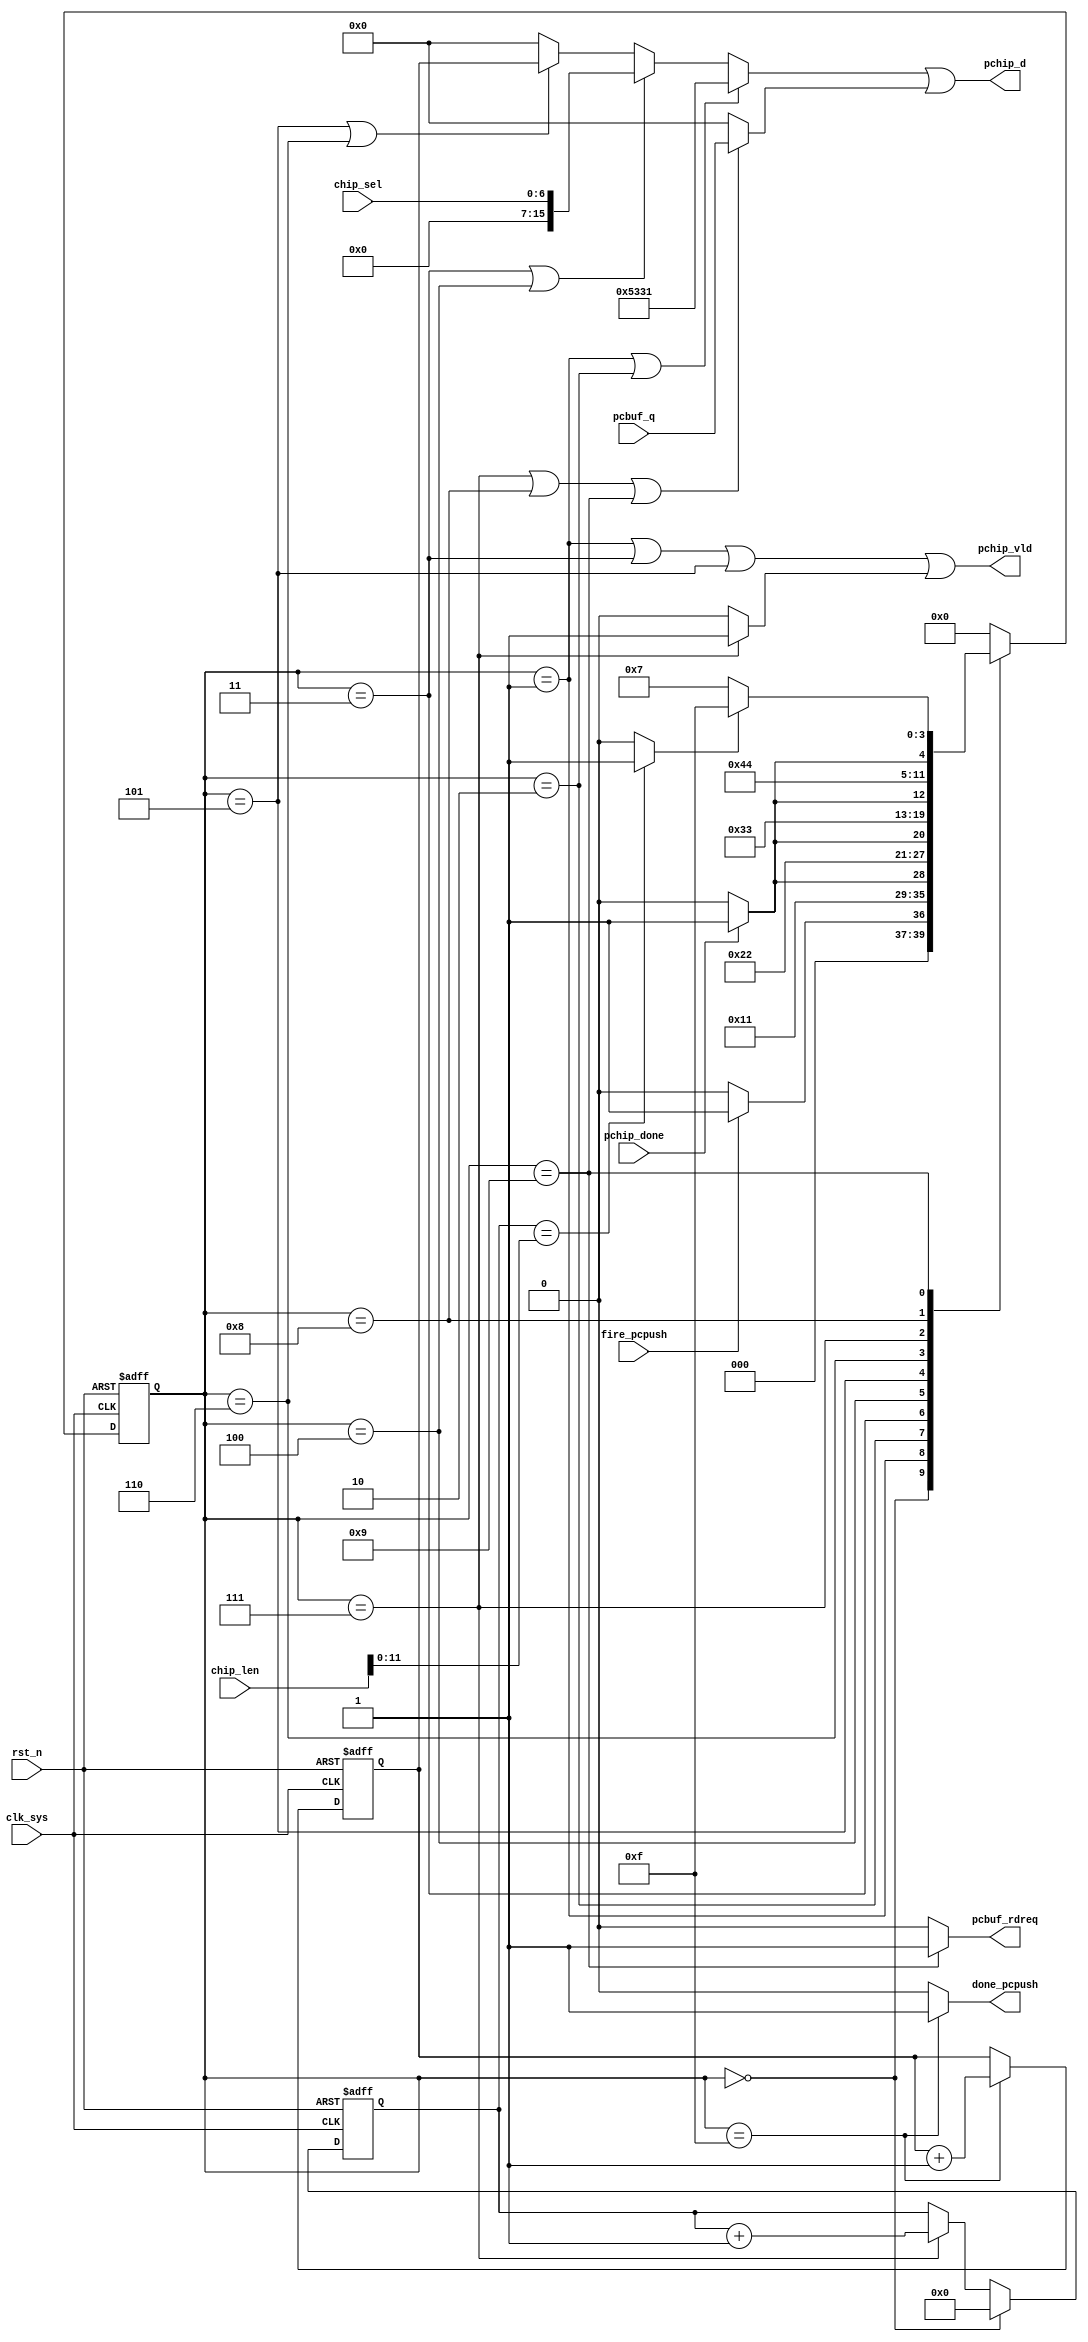
//pchip_push.v

module pchip_push(
//control 
fire_pcpush,
done_pcpush,
chip_len,
//pkg data
pchip_d,
pchip_vld,
pchip_done,
//pcbuf port
chip_sel,
pcbuf_rdreq,
pcbuf_q,
//clk rst
clk_sys,
rst_n
);
//control 
input 	fire_pcpush;
output 	done_pcpush;
input [19:0] chip_len;
//pkg data
output [15:0]	pchip_d;
output				pchip_vld;
input					pchip_done;
//pcbuf port
input [6:0]		chip_sel;
output 				pcbuf_rdreq;
input [15:0]	pcbuf_q;
//clk rst
input clk_sys;
input rst_n;
//-----------------------------------
//-----------------------------------


//-------- main FSM ---------
parameter S_IDLE = 4'h0;
parameter S_FH1 = 4'h1;
parameter S_WH1 = 4'h2;
parameter S_FH2 = 4'h3;
parameter S_WH2 = 4'h4;
parameter S_FH3 = 4'h5;
parameter S_WH3 = 4'h6;
parameter S_FDA = 4'h7;
parameter S_WDA = 4'h8;
parameter S_CHK = 4'h9;
parameter S_DONE = 4'hf;
reg [3:0] st_pchip_push;
wire finish_push;
always @ (posedge clk_sys or negedge rst_n)	begin
	if(~rst_n)
		st_pchip_push <= S_IDLE;
	else begin
		case(st_pchip_push)
			S_IDLE : st_pchip_push <= fire_pcpush ? S_FH1 : S_IDLE;
			S_FH1  : st_pchip_push <= S_WH1;
			S_WH1  : st_pchip_push <= pchip_done ? S_FH2 : S_WH1;
			S_FH2  : st_pchip_push <= S_WH2;
			S_WH2  : st_pchip_push <= pchip_done ? S_FH3 : S_WH2;
			S_FH3  : st_pchip_push <= S_WH3;
			S_WH3  : st_pchip_push <= pchip_done ? S_FDA : S_WH3;
			S_FDA  : st_pchip_push <= S_WDA;
			S_WDA  : st_pchip_push <= pchip_done ? S_CHK : S_WDA;
			S_CHK  : st_pchip_push <= finish_push ? S_DONE : S_FDA;
			S_DONE : st_pchip_push <= S_IDLE;
			default: st_pchip_push <= S_IDLE;
		endcase
	end
end
wire done_pcpush = (st_pchip_push == S_DONE) ? 1'b1 : 1'b0;


//------- FSM swith condtion --------
reg [11:0] cnt_push;
always @(posedge clk_sys or negedge rst_n)	begin
	if(~rst_n)
		cnt_push <= 12'h0;
	else if(st_pchip_push == S_IDLE)
		cnt_push <= 12'h0;
	else if(st_pchip_push == S_FDA)
		cnt_push <= cnt_push + 12'h1;
	else ;
end
assign finish_push = (cnt_push == chip_len[11:0]) ? 1'b1 : 1'b0;
reg [15:0] pkg_index;
always @ (posedge clk_sys or negedge rst_n)	begin
	if(~rst_n)
		pkg_index <= 16'h0;
	else if(st_pchip_push == S_DONE)
		pkg_index <= pkg_index + 16'h1;
	else ;
end

//-------- push head ----------
wire now_h1 = (st_pchip_push == S_FH1) | (st_pchip_push == S_WH1);
wire now_h2 = (st_pchip_push == S_FH2) | (st_pchip_push == S_WH2);
wire now_h3 = (st_pchip_push == S_FH3) | (st_pchip_push == S_WH3);
wire [15:0]	pchead_d;
wire 				pchead_vld;
assign pchead_d = now_h1 ? 16'h5331 : 
									now_h2 ? {9'h0,chip_sel} :
									now_h3 ? pkg_index : 16'h0;
assign pchead_vld = (st_pchip_push == S_FH1) | 
										(st_pchip_push == S_FH2) | 
										(st_pchip_push == S_FH3);


//--------- push data ----------
wire now_dat = 	(st_pchip_push == S_FDA) |
								(st_pchip_push == S_WDA) |
								(st_pchip_push == S_CHK);
wire pcbuf_rdreq = (st_pchip_push == S_CHK) ? 1'b1 : 1'b0;
wire [15:0] pcdat_d = now_dat ? pcbuf_q : 16'h0;
wire pcdat_vld = (st_pchip_push == S_FDA) ? 1'b1 : 1'b0;


//-------- pchip mux ---------
wire [15:0] pchip_d;
wire				pchip_vld;
assign pchip_d = pchead_d | pcdat_d;
assign pchip_vld = pchead_vld | pcdat_vld;



endmodule